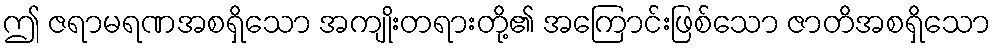
ဤ ဇရာမရဏအစရှိသော အကျိုးတရားတို့၏ အကြောင်းဖြစ်သော ဇာတိအစရှိသော